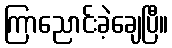
ကြာညောင်းခဲ့ချေပြီ။